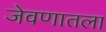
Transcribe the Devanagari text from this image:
जेवणातला